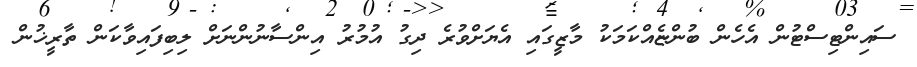
ސައިންޓިސްޓުން އެހެން ބުންޏެއްކަމަކު މާޒީގައި އެޔަށްވުރެ ދިގު އުމުރު އިންސާނުންނަށް ލިބިފައިވާކަން ތާރީޚުން